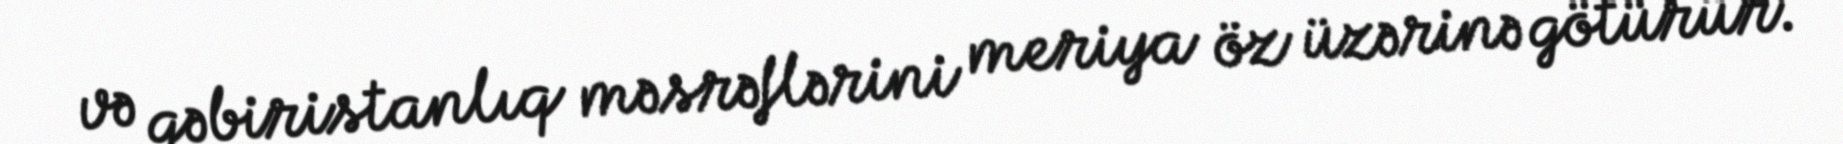
və qəbiristanlıq məsrəflərini meriya öz üzərinə götürür.